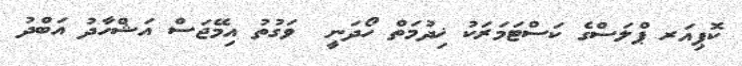
ކޮޕިއަރ ޕްލަސްގެ ކަސްޓަމަރަކު ޚިދުމަތް ހޯދަނީ  ވަގުތު އިމޭޖަސް އަޝްހާދު އަބްދު